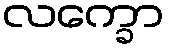
လက္ခော